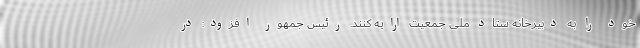
خود را به دبیرخانه ستاد ملی جمعیت ارایه کنند. رئیس جمهور افزود: در